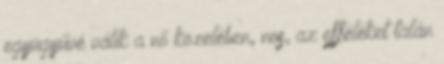
együgyűvé válik a nő közelében, nos, az efféléket talán